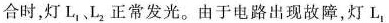
合时，灯L_{1}、L_{2}正常发光。由于电路出现故障，灯L_{1}